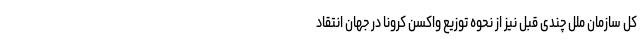
کل سازمان ملل چندی قبل نیز از نحوه توزیع واکسن کرونا در جهان انتقاد